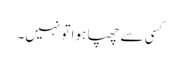
کسی سے چھپا ہوا تو نہیں۔